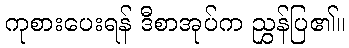
ကုစားပေးရန် ဒီစာအုပ်က ညွှန်ပြ၏။